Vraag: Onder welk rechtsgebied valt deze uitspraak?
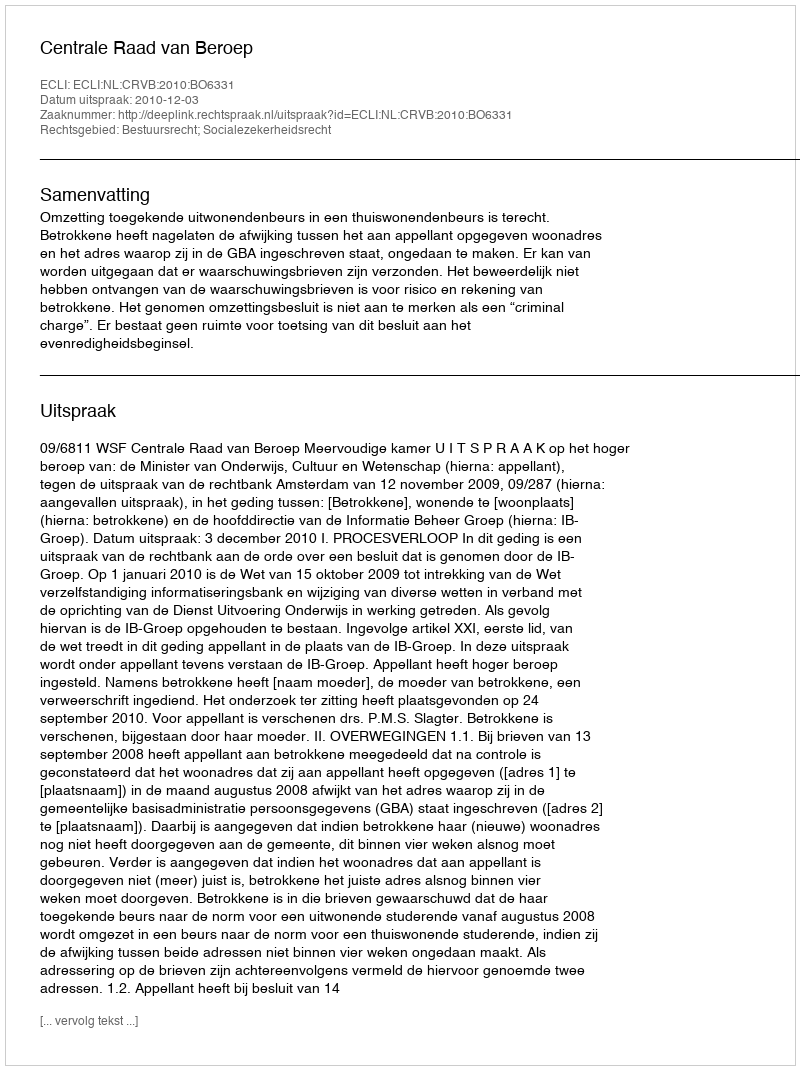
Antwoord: Bestuursrecht; Socialezekerheidsrecht